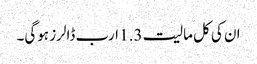
ان کی کل مالیت 1.3 ارب ڈالرز ہوگی۔